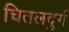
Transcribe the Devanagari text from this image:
चितलदुर्ग